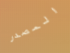
المصدر